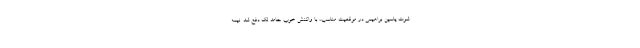
شوت یاسین براهیمی در موقعیت مناسب، با واکنش خوب حامد لک دفع شد. نیمه